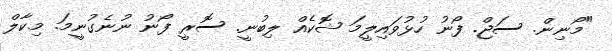
"މޯނިން. ސަޖް. ފޯނު ހުޅުވައިލީމަ ޝޮކެއް ލިބުނީ. ސޮރީ ފޯނު ނުނެގުނީމަ. މިކާލް